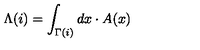
\Lambda ( i ) = \int _ { \Gamma ( i ) } d x \cdot A ( x )